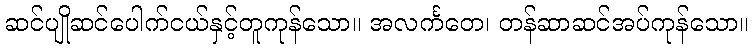
ဆင်ပျိုဆင်ပေါက်ငယ်နှင့်တူကုန်သော။ အလင်္ကတေ၊ တန်ဆာဆင်အပ်ကုန်သော။